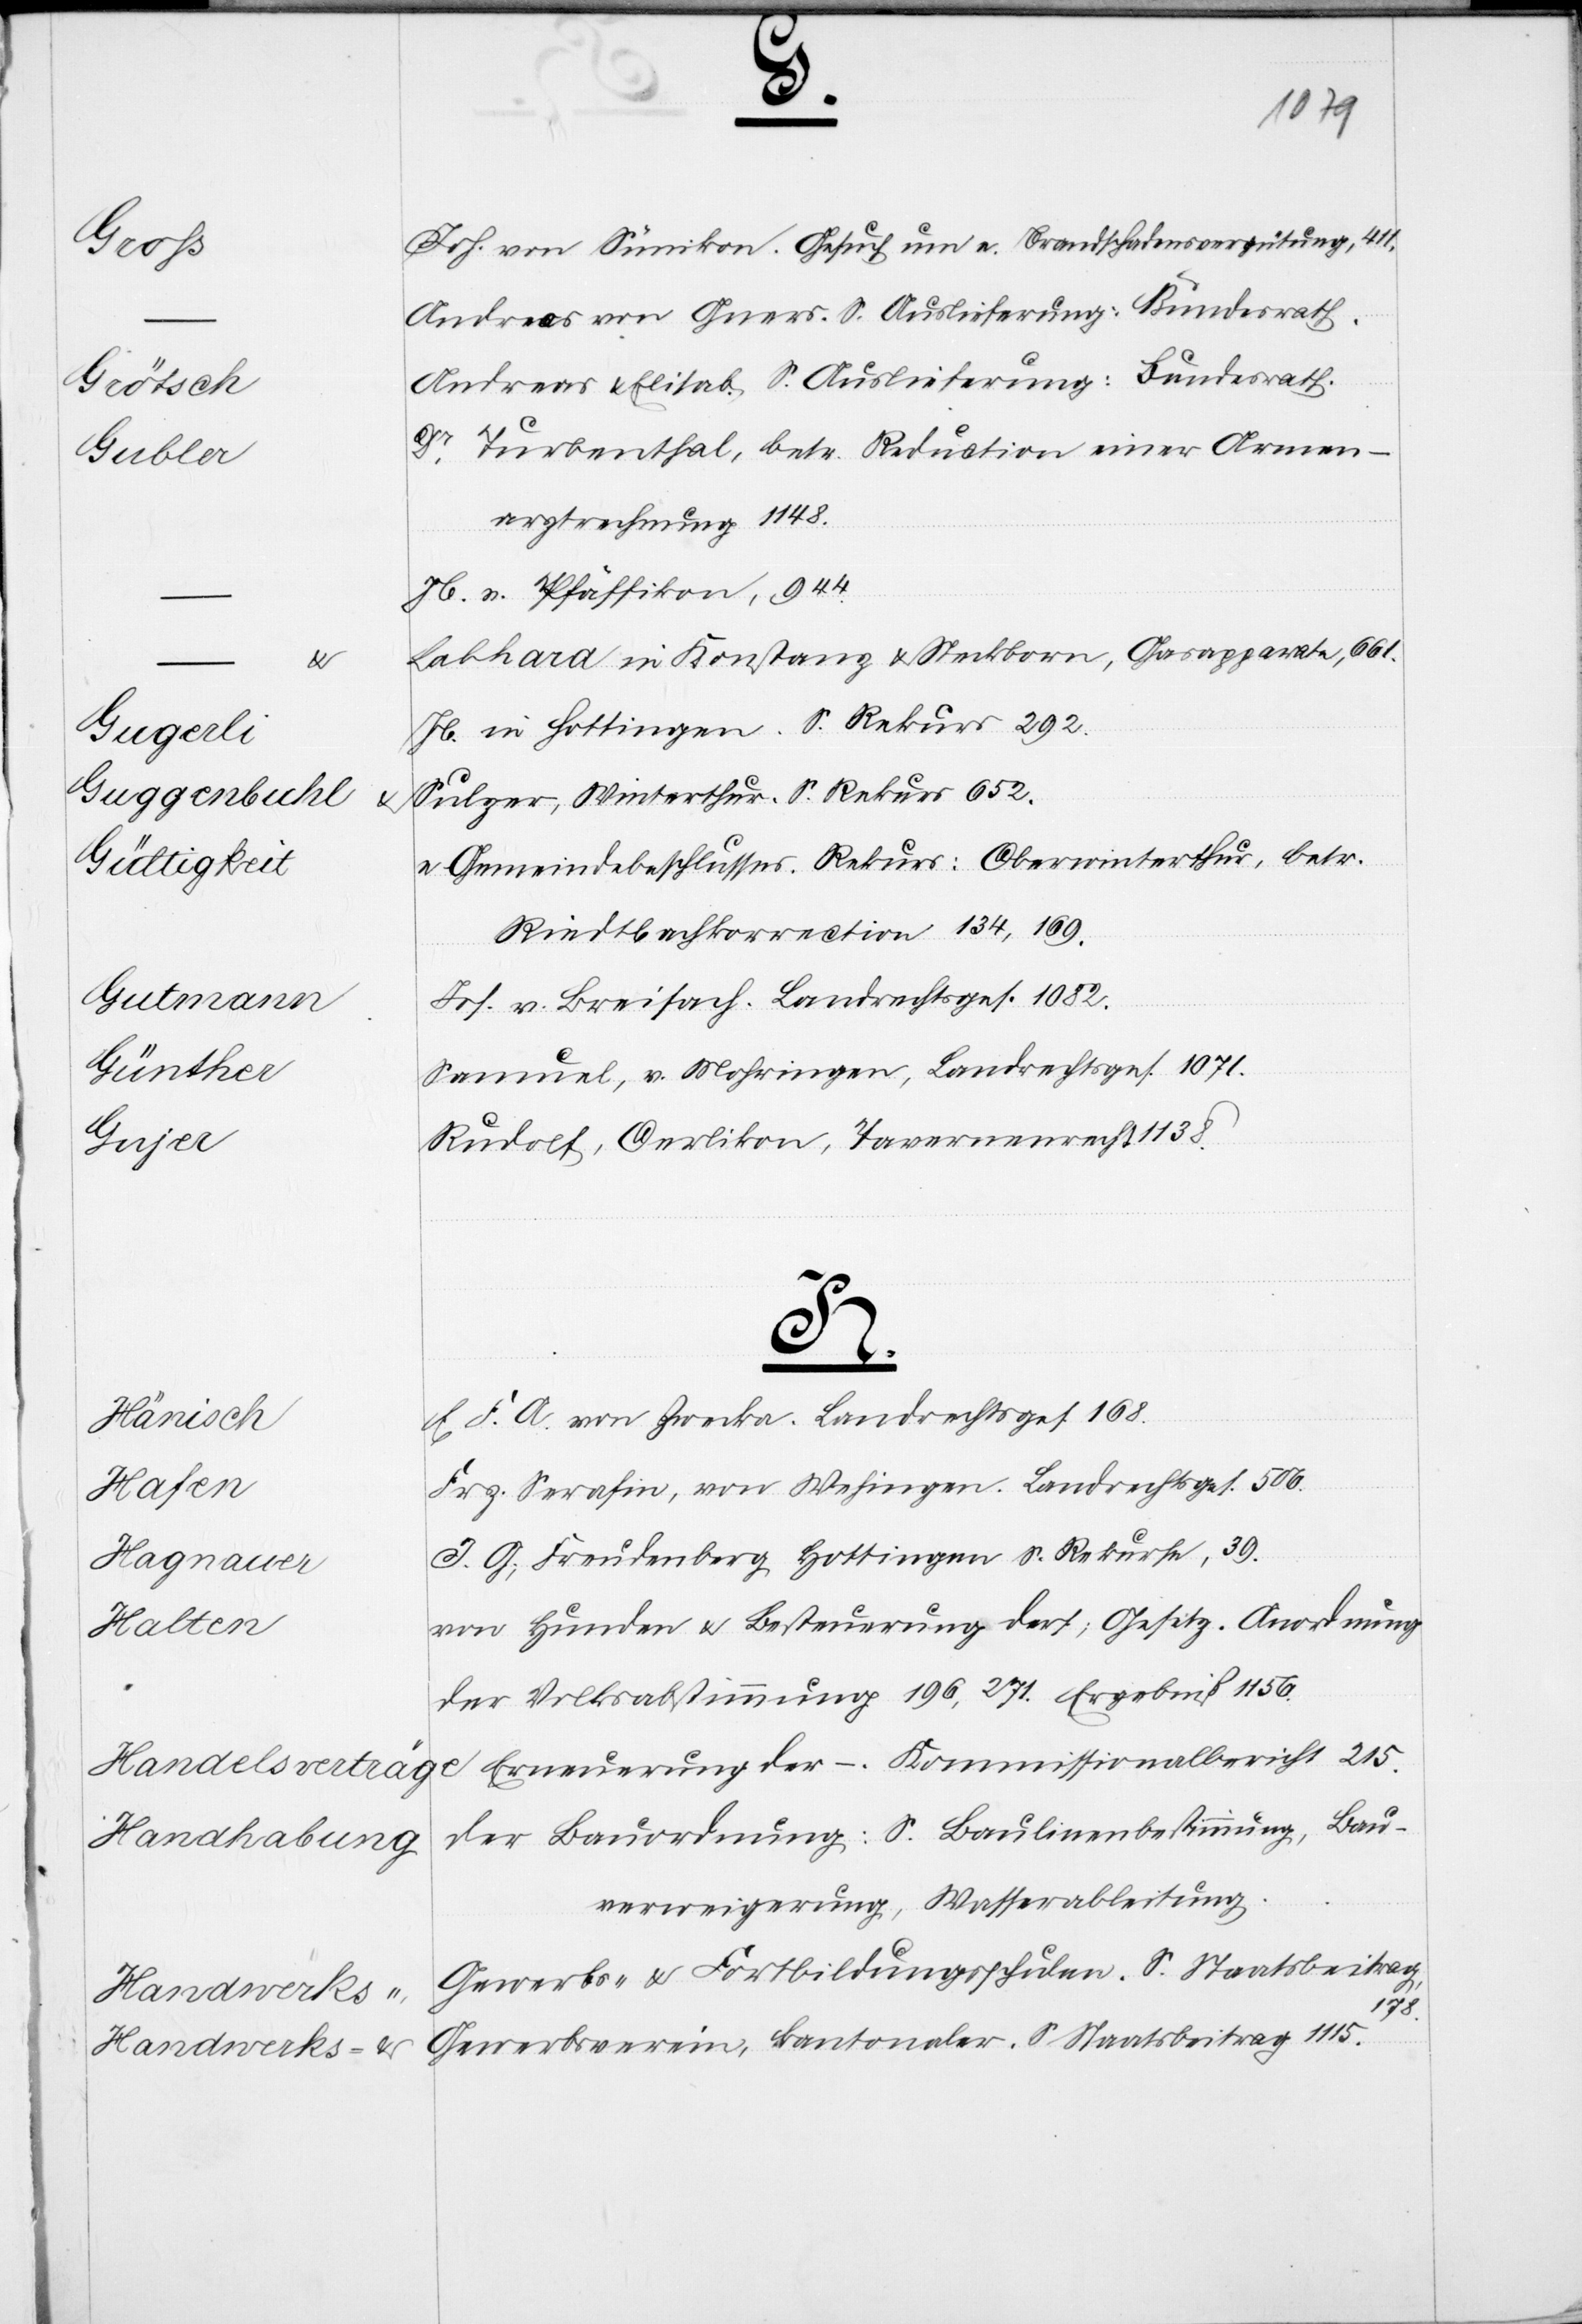
Zürich
Stadtrath
Bürgerr¬
Direktion
Petenten
Landrechts¬

50,

3.
Finanzen.
der
die